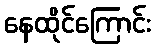
နေထိုင်ကြောင်း